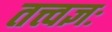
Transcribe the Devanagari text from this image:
तत्त्वज्ञः